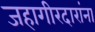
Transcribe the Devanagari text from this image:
जहागीरदारांना